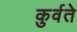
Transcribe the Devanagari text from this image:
कुर्वते